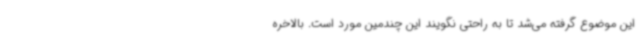
این موضوع گرفته می‌شد تا به راحتی نگویند این چندمین مورد است. بالاخره